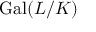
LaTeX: \operatorname { G a l } ( L / K )